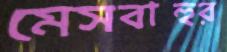
মেসবাহুর